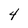
Character: 4